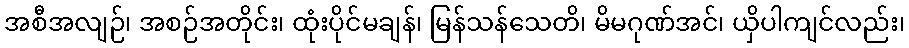
အစီအလျဉ်၊ အစဉ်အတိုင်း၊ ထုံးပိုင်မချန်၊ မြန်သန်သေတိ၊ မိမဂုဏ်အင်၊ ယှိပါကျင်လည်း၊